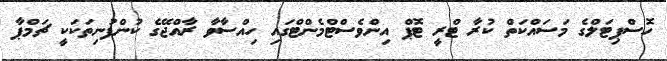
ހޮސްޕިޓަލްގެ މަސައްކަތް ކުރާ ޓްރީ ޓޮޕް އިންވެސްޓްމެންޓްގައި ހިއްސާވާ ރާއްޖޭގެ ކުންފުނިތަކަކީ ޗަމްޕާ